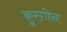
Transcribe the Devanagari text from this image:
क़ुरग़ोन